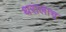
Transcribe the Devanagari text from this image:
थरालाच